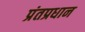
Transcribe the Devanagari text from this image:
प्रंतप्रधान